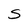
Character: S